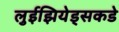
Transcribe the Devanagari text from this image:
लुईझियेड्सकडे